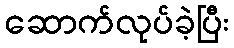
ဆောက်လုပ်ခဲ့ပြီး